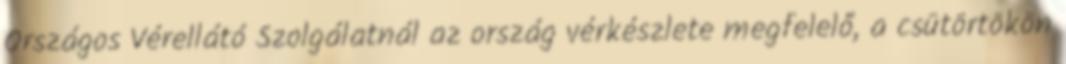
Országos Vérellátó Szolgálatnál az ország vérkészlete megfelelő, a csütörtökön